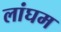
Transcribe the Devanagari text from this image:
लांघम